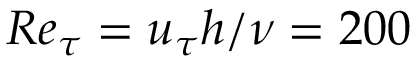
R e _ { \tau } = u _ { \tau } h / \nu = 2 0 0